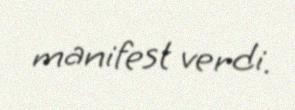
manifest verdi.